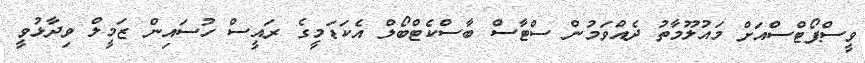
ވީސްޕޯޓްސްއަށް މައުލޫމާތު ދެއްވަމުން ސްޓާސް ބާސްކެޓްބޯލް އެކަޑަމީގެ ރައީސް ހުސައިން ޒަމީލް ވިދާޅުވީ